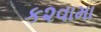
ક૨વામા